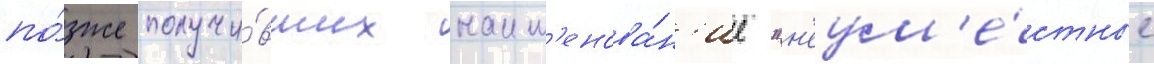
по́зже получи́вших наим'енова́н'ие "н'еум'е́стные